Statistics compiled by the Government of India from the reports of provincial Civil Veterinary Departments
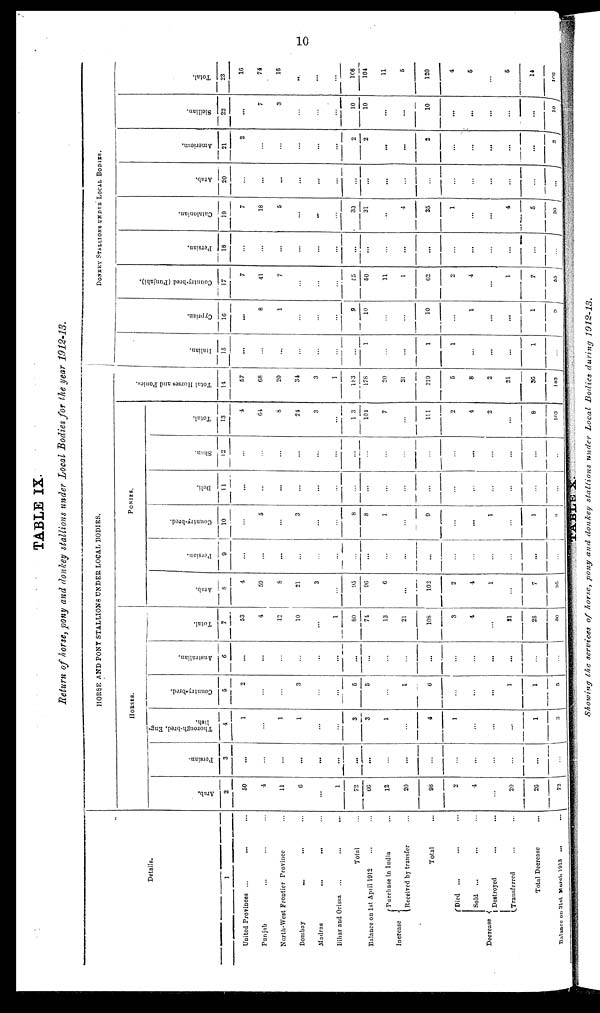
10
TABLE IX.
Return of horse, pony and donkey stallions under Local Bodies for the year 1912-13.
Details.
1
United Provinces ...
... ...
Punjab ... ... ...
North-West Frontier Province ...
Bombay ... ... ... ...
Madras
...
... ...
Bihar and Orissa
...
...
...
Total ...
Balance on 1st April 1912 ... ...
Increase{
Purchase
in India ...
Received by transfer ...
Total ...
Decrease{
Died
... ... ...
Sold
... ... ...
Destroyed ... ...
Transferred ... ..
Total Decrease ...
Balance on 31st March 1913 ... ...
HORSE AND PONT STALLIONS UNDER LOCAL BODIES.
HORSES.
Arab.
2
50
4
11
6
...
1
72
66
12
20
98
2
4
...
20
26
72
Persian.
3
...
...
...
...
...
...
...
...
...
...
...
...
...
...
...
...
...
Thorough-bred, Eng-
lish.
4
1
...
1
1
...
...
3
3
1
...
4
1
...
...
...
1
3
Countrybred.
5
2
...
...
3
...
...
5
5
...
1
6
...
...
...
1
1
5
Australian.
6
...
...
...
...
...
...
...
...
...
...
...
...
...
...
...
...
...
Total.
7
53
4
12
10
...
1
80
74
13
21
108
3
4
...
21
28
80
PONIES.
Arab.
8
4
59
8
21
3
...
95
96
6
...
102
2
4
1
...
7
95
Persian.
9
...
...
...
...
...
...
...
...
...
...
...
...
...
...
...
...
...
Country-bred.
10
...
5
...
3
...
...
8
8
1
...
9
...
...
1
...
1
8
Deli.
11
...
...
...
...
...
...
...
...
...
...
...
...
...
...
...
...
...
Shan.
12
...
...
...
...
...
...
...
...
...
...
...
...
...
...
...
...
...
Total.
13
4
64
8
24
3
...
1 3
101
7
...
111
2
4
2
...
8
103
Tot al H o r s e s a nd Poni es
14
57
68
20
34
3
1
183
178
20
21
219
5
8
2
21
36
183
DONKEY STALLIONS UNDER LOCAL BODIES.
I t al i an.
15
...
...
...
...
...
...
...
1
...
...
1
1
...
...
...
1
...
Cypr i
an.
16
...
8
1
...
...
...
9
10
...
...
10
...
1
...
...
1
9
Count r
y- br e d (Punjabi).
17
7
41
7
...
...
...
55
50
11
1
62
2
4
...
1
7
55
Per s i
an.
18
...
...
...
...
...
...
...
...
...
...
...
...
...
...
...
...
Cat al oni an.
19
7
18
5
...
...
...
30
31
4
35
1
...
...
4
5
30
Arab.
20
...
...
...
...
...
...
...
...
...
...
...
...
...
...
...
...
American.
21
2
...
...
...
...
...
2
2
...
2
...
...
...
...
...
2
Si ci l i an.
22
...
7
3
...
...
...
10
10
...
10
...
...
...
...
...
...
Tot al .
23
16
74
16
...
...
...
106
104
11
5
120
4
5
...
5
14
106